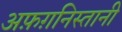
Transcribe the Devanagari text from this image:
अफ़ग़निस्तानी